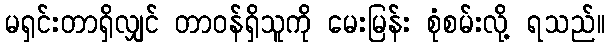
မရှင်းတာရှိလျှင် တာဝန်ရှိသူကို မေးမြန်း စုံစမ်းလို့ ရသည်။